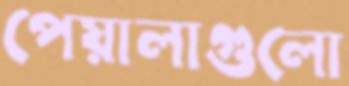
পেয়ালাগুলো